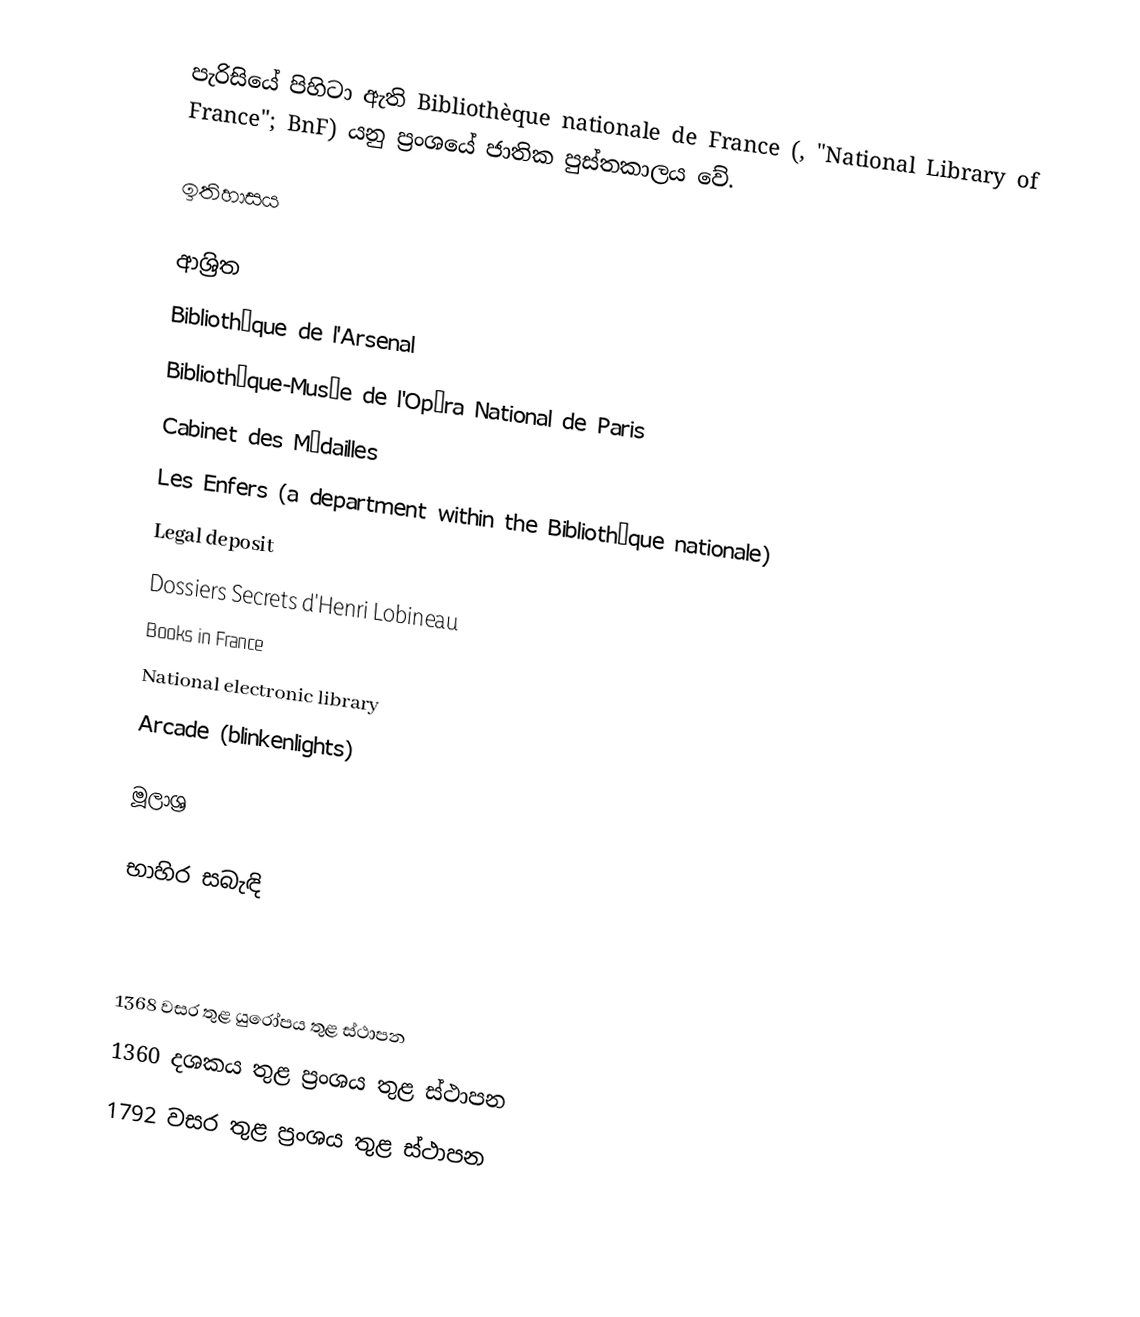
පැරිසියේ පිහිටා ඇති Bibliothèque nationale de France (, "National Library of France"; BnF) යනු ප්‍රංශයේ ජාතික පුස්තකාලය වේ.

ඉතිහාසය

ආශ්‍රිත
 Bibliothèque de l'Arsenal
 Bibliothèque-Musée de l'Opéra National de Paris
 Cabinet des Médailles
 Les Enfers (a department within the Bibliothèque nationale)
 Legal deposit
 Dossiers Secrets d'Henri Lobineau
 Books in France
 National electronic library
 Arcade (blinkenlights)

මූලාශ්‍ර

භාහිර සබැඳි

1368 වසර තුළ යුරෝපය තුළ ස්ථාපන
1360 දශකය තුළ ප්‍රංශය තුළ ස්ථාපන
1792 වසර තුළ ප්‍රංශය තුළ ස්ථාපන